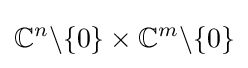
{\mathbb {C} }^{n}\backslash \{0\}\times {\mathbb {C} }^{m}\backslash \{0\}